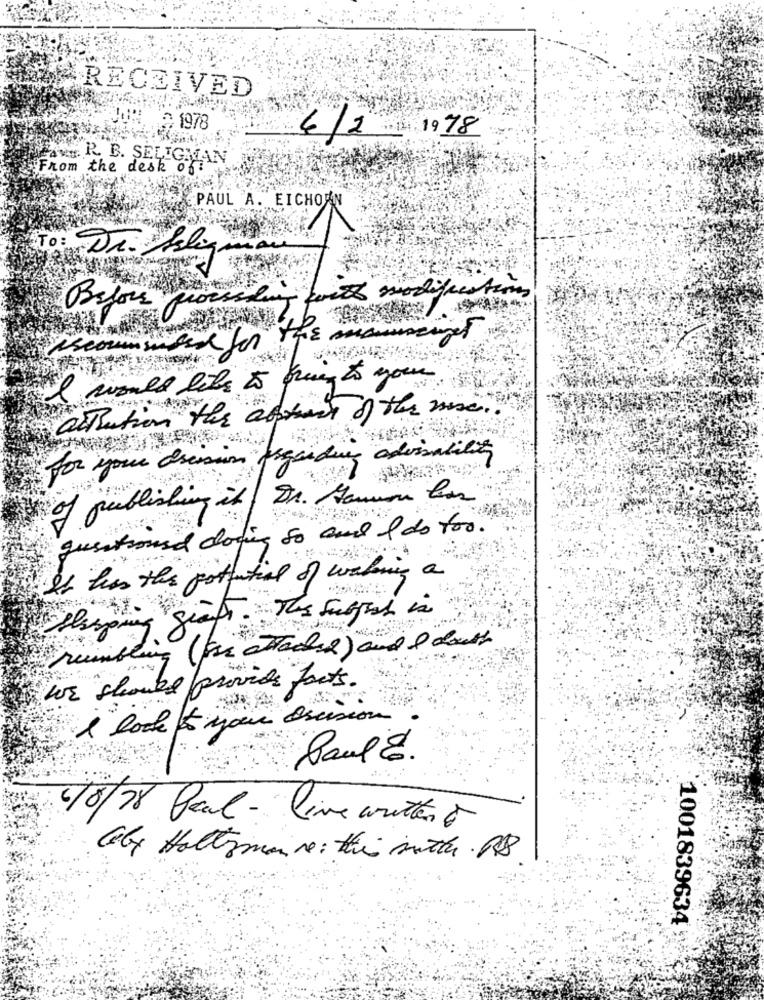
RECEIVED
JUN. 2 1978
.1978
6/1
Fax#. R. B. SELIGMAN
From the desk of
PAUL A. EICHOKN
To: Dr. beliguna
Before proceeding with modifications
I would like to bring to your
arBution the attact of the mine .?
For your dressing presiding advisability
of publishing it Dr. Hammon has
questound doing so and I do too .
It has the potential of waking a
rumbling (for attached ) and I douth
we should provide facts.
I look to your decision
Paul E.
6/8/78 Peal - live with &
1001839634